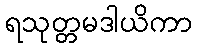
ရသုတ္တမဒါယိကာ